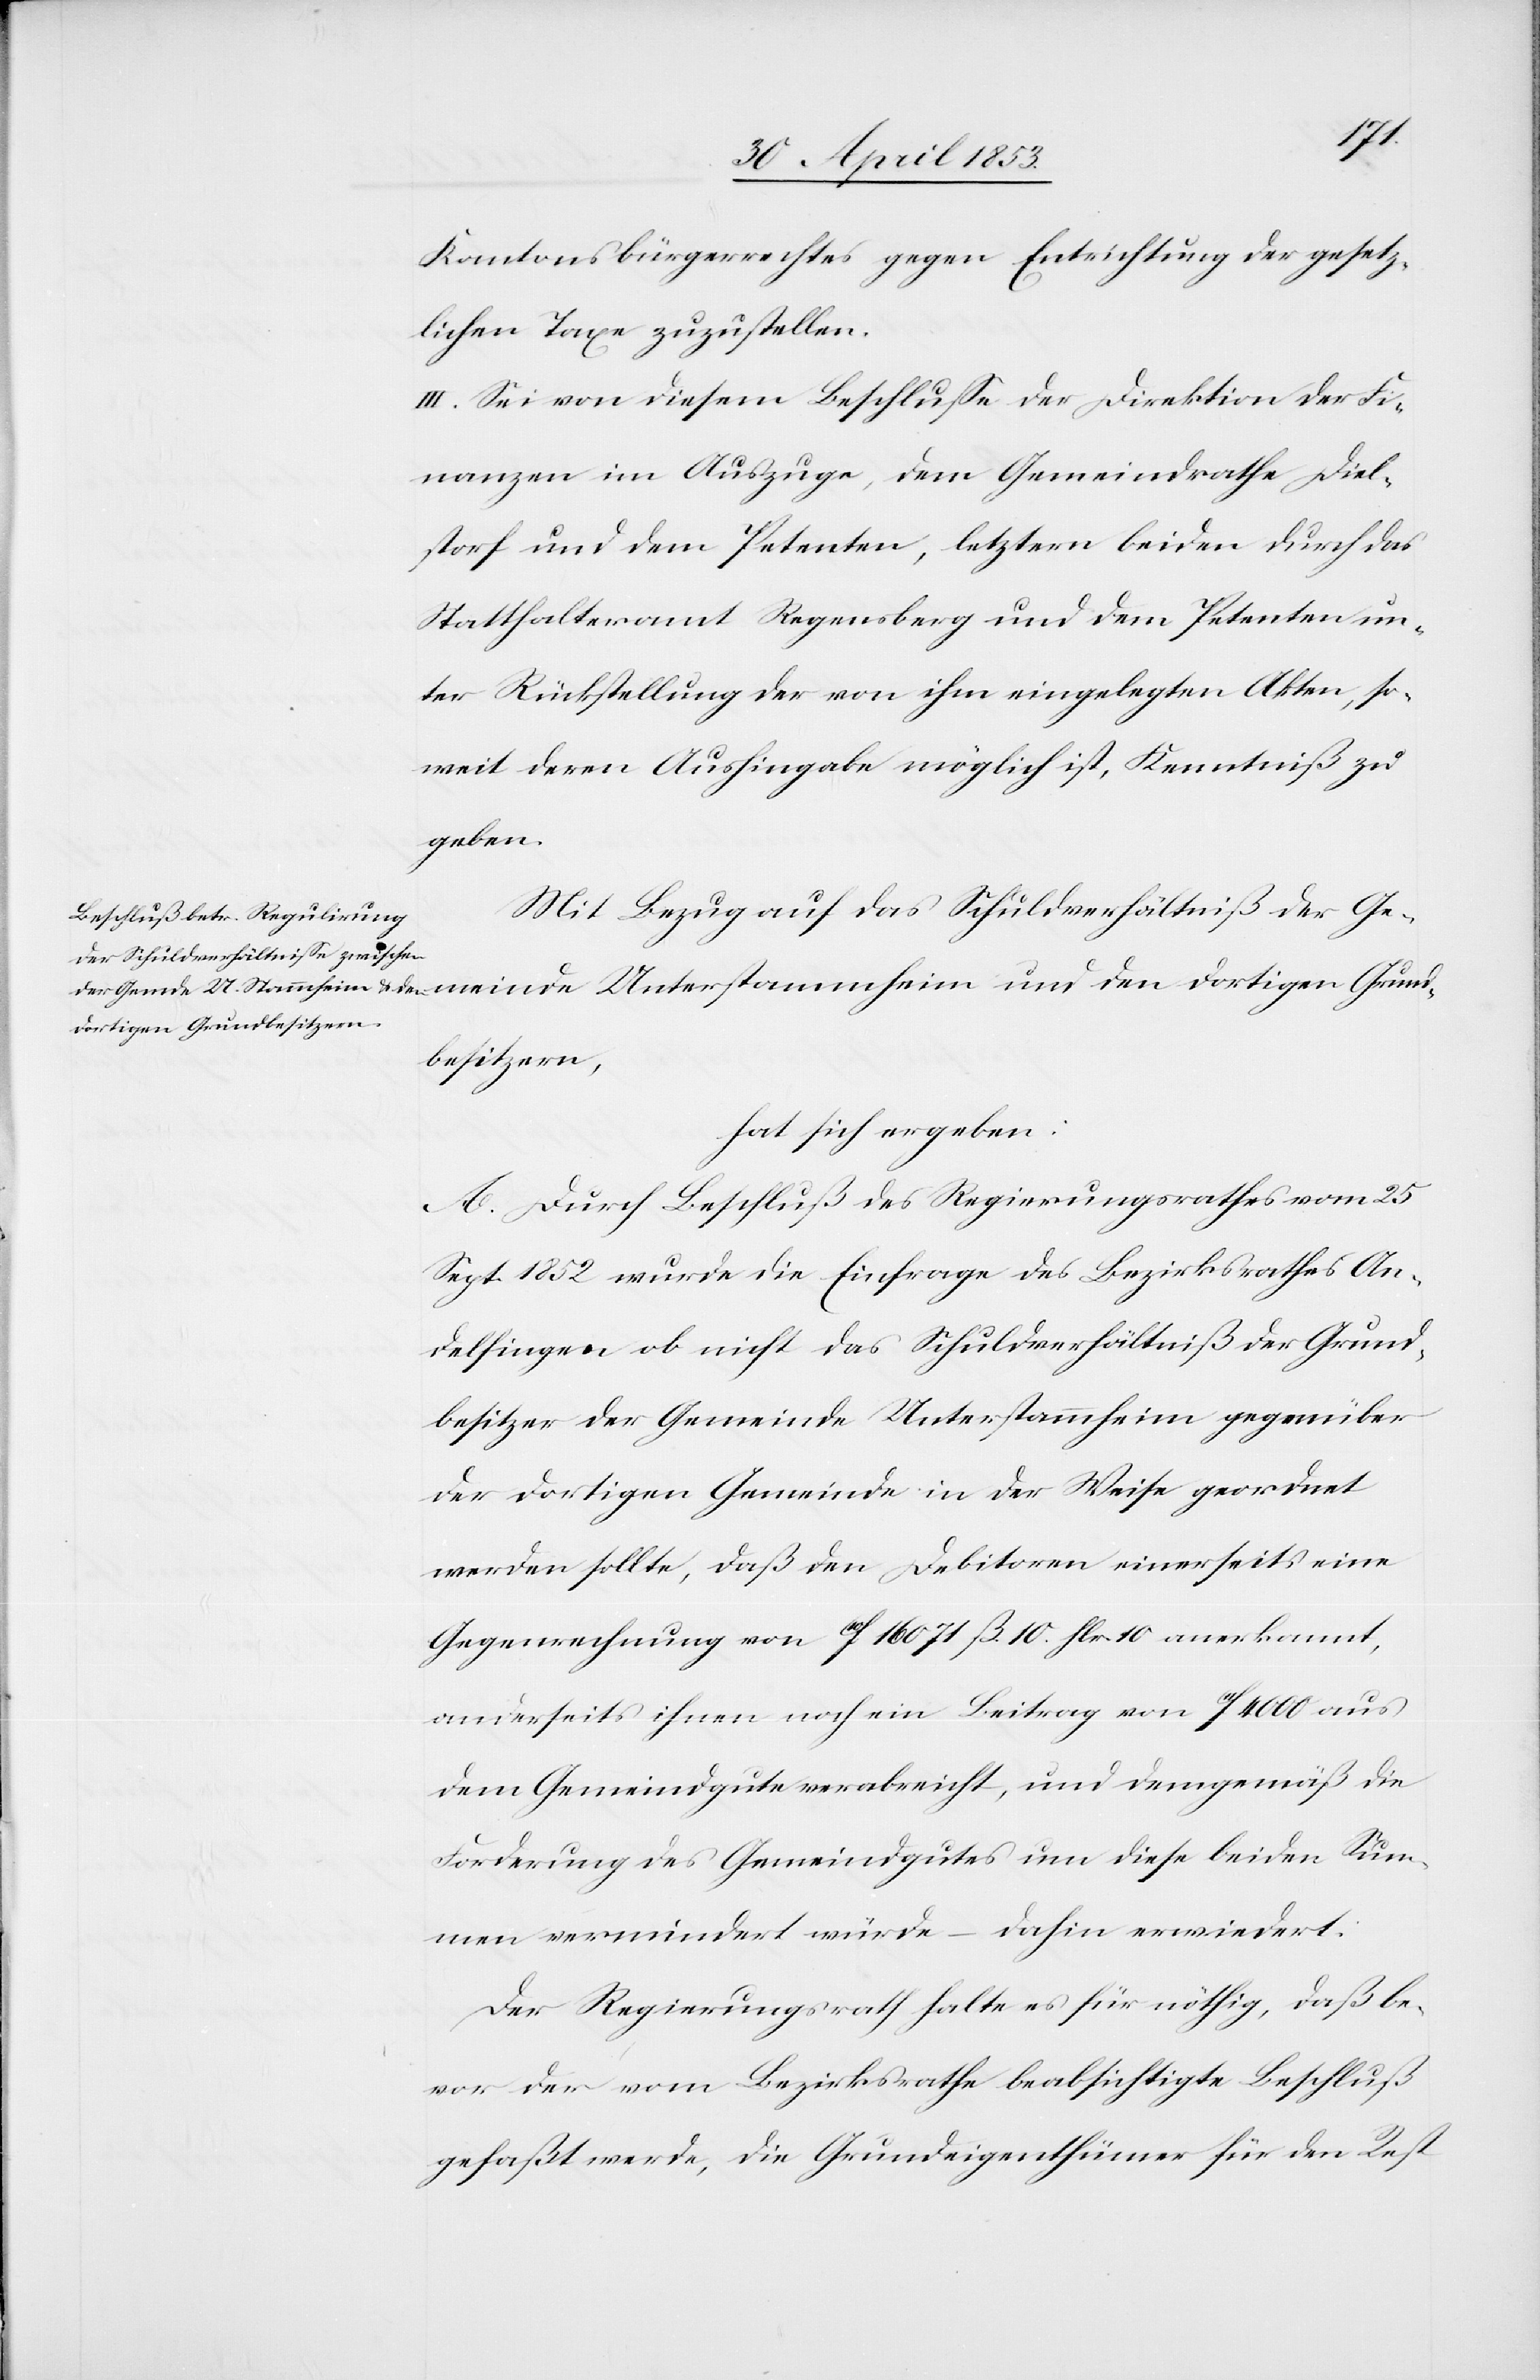
meinde
Kantonsbürgerrechtes gegen Entrichtung der gesetz¬
lichen Taxe zuzustellen.
III. Sei von diesem Beschluße der Direktion der Fi¬
nanzen im Auszuge, dem Gemeindrathe Diel¬
storf und dem Petenten, letztern beiden durch das
Statthalteramt Regensberg und dem Petenten un¬
ter Rückstellung der von ihm eingelegten Akten, so¬
weit deren Aushingabe möglich ist, Kenntniß zu
geben.
Mit Bezug auf das Schuldenverhältniß der Ge¬
dortigen Grundbesitzern,
hat sich ergeben:
A. Durch Beschluß des Regierungsrathes vom 25
Sept. 1852 wurde die Einfrage des Bezirksrathes An¬
delfingen ob nicht das Schuldverhältniß der Grund¬
besitzer der Gemeinde Unterstammheim gegenüber
der dortigen Gemeinde in der Weise geordnet
werden sollte, daß den Debitoren einerseits eine
Gegenrechnung von f. 16 071 ß. 10. Hlr. 10 anerkannt,
anderseits ihnen noch ein Beitrag von f 4000 aus
dem Gemeindgute verabreicht, und demgemäß die
Forderung des Gemeindgutes um diese beiden Sum¬
men vermindert würde – dahin erwiedert:
Der Regierungsrath halte es für nöthig, daß be¬
vor der vom Bezirksrathe beabsichtigte Beschluß
gefaßt werde, die Grundeigenthümer für den Rest